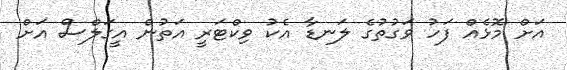
އަށް މޮޅެއް ފަހު ވަގުތުގެ ލަނޑާ އެކު ވިކްޓަރީ އަތުން އީގަލްސް އަށް